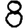
Digit: 8